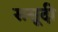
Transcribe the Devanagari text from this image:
ससूदी